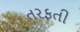
તરફતી